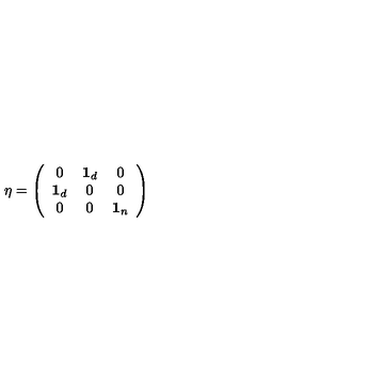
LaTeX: \eta = \left( \begin{array} { c c c } { 0 } & { { \bf 1 } _ { d } } & { 0 } \\ { { \bf 1 } _ { d } } & { 0 } & { 0 } \\ { 0 } & { 0 } & { { \bf 1 } _ { n } } \\ \end{array} \right)